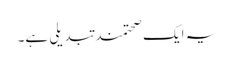
یہ ایک صحتمند تبدیلی ہے۔